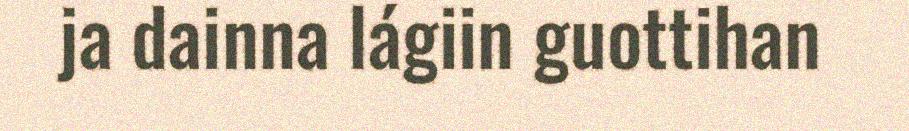
ja dainna lágiin guottihan